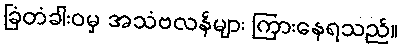
ခြံတံခါးဝမှ အသံဗလန်များ ကြားနေရသည်။